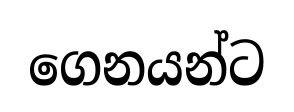
ගෙනයන්ට